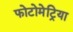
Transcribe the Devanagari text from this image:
फोटोमेट्रिया